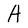
Character: A